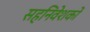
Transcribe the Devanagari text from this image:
सहनिवेशकों